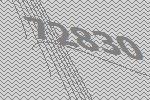
72830